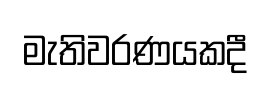
මැතිවරණයකදී